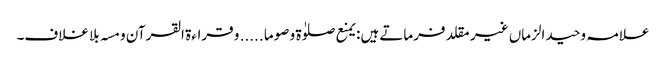
علامہ وحید الزماں غیر مقلد فرماتے ہیں: یمنع صلوٰۃ و صوما ..... و قراءۃ القرآن و مسہ بلا غلاف۔